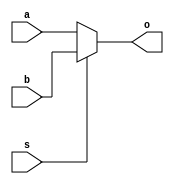
// module mux2to1(a, b, o, s);
//     input a, b, s;
//     output o;
//     wire w1, w2, w3;
//     initial begin
//         $display("THIS IS GATE LEVEL MODELLING");
//     end

//     not (w1, s);   // Invert S for AND gate operation
//     and (w2, b, w1); // A AND NOT(S)
//     and (w3, a, s);  // B AND S
//     or (o, w2, w3);   // B AND S
// endmodule

// Data Level Modelling
// module mux2to1(a, b, o, s);
//     input a, b, s;
//     output o;
//     assign o = (s & a) | (~s & b);
//     initial begin
//         $display("THIS IS DATA LEVEL MODELLING");
//     end
// endmodule

// Behavioral Level Modelling
module mux2to1(a, b, o, s);
    input a, b;
    input s;
    output reg o;
    always @(*) begin : MUX_BLOCK
        if (s == 1'b0) begin
            o <= a;
        end else begin
            o <= b;
        end
    end
    initial begin
        $display("THIS IS BEHAVIORAL LEVEL MODELLING");
    end
endmodule

// s = 0; a = 0; b = 0; o = 0
// s = 0; a = 0; b = 1; o = 0
// s = 0; a = 1; b = 0; o = 1
// s = 0; a = 1; b = 1; o = 1
// s = 1; a = 0; b = 0; o = 0
// s = 1; a = 0; b = 1; o = 1
// s = 1; a = 1; b = 0; o = 0
// s = 1; a = 1; b = 1; o = 1

// For this truth table give code for 2 to 1 multiplexer gate level, data flow and behavioral level.